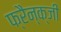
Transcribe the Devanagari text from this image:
फ्रैन्क्जी